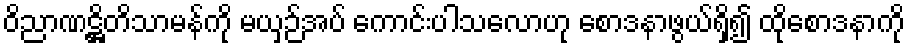
ဝိညာဏဋ္ဌိတိသာမန်ကို မယှဉ်အပ် ကောင်းပါသလောဟု စောဒနာဖွယ်ရှိ၍ ထိုစောဒနာကို